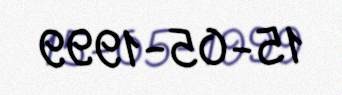
15-05-1999